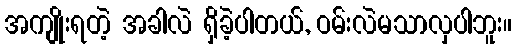
အကျိုးရတဲ့ အခါလဲ ရှိခဲ့ပါတယ်, ဝမ်းလဲမသာလှပါဘူး။